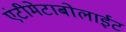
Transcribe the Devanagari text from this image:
एंटीमेटाबोलाईट